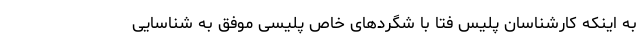
به اینکه کارشناسان پلیس فتا با شگردهای خاص پلیسی موفق به شناسایی